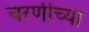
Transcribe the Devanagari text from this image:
चरणीच्या